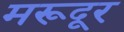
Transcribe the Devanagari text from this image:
मरूदूर